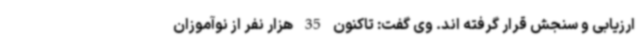
ارزیابی و سنجش قرار گرفته اند. وی گفت: تاکنون 35 هزار نفر از نوآموزان